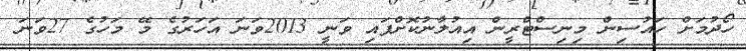
ހޯދުމަށް ހައުސިން މިނިސްޓްރީން އިއުލާނުކޮށްފައި ވަނީ 2013ވަނަ އަހަރުގެ މޭ މަހުގެ 27ވަނަ